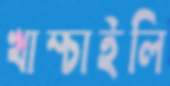
খাম্‌চাইলি